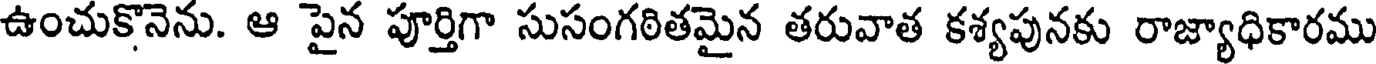
ఉంచుకొనెను. ఆ పైన పూర్తిగా సుసంగఠితమైన తరువాత కశ్యపునకు రాజ్యాధికారము